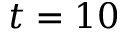
t = 1 0